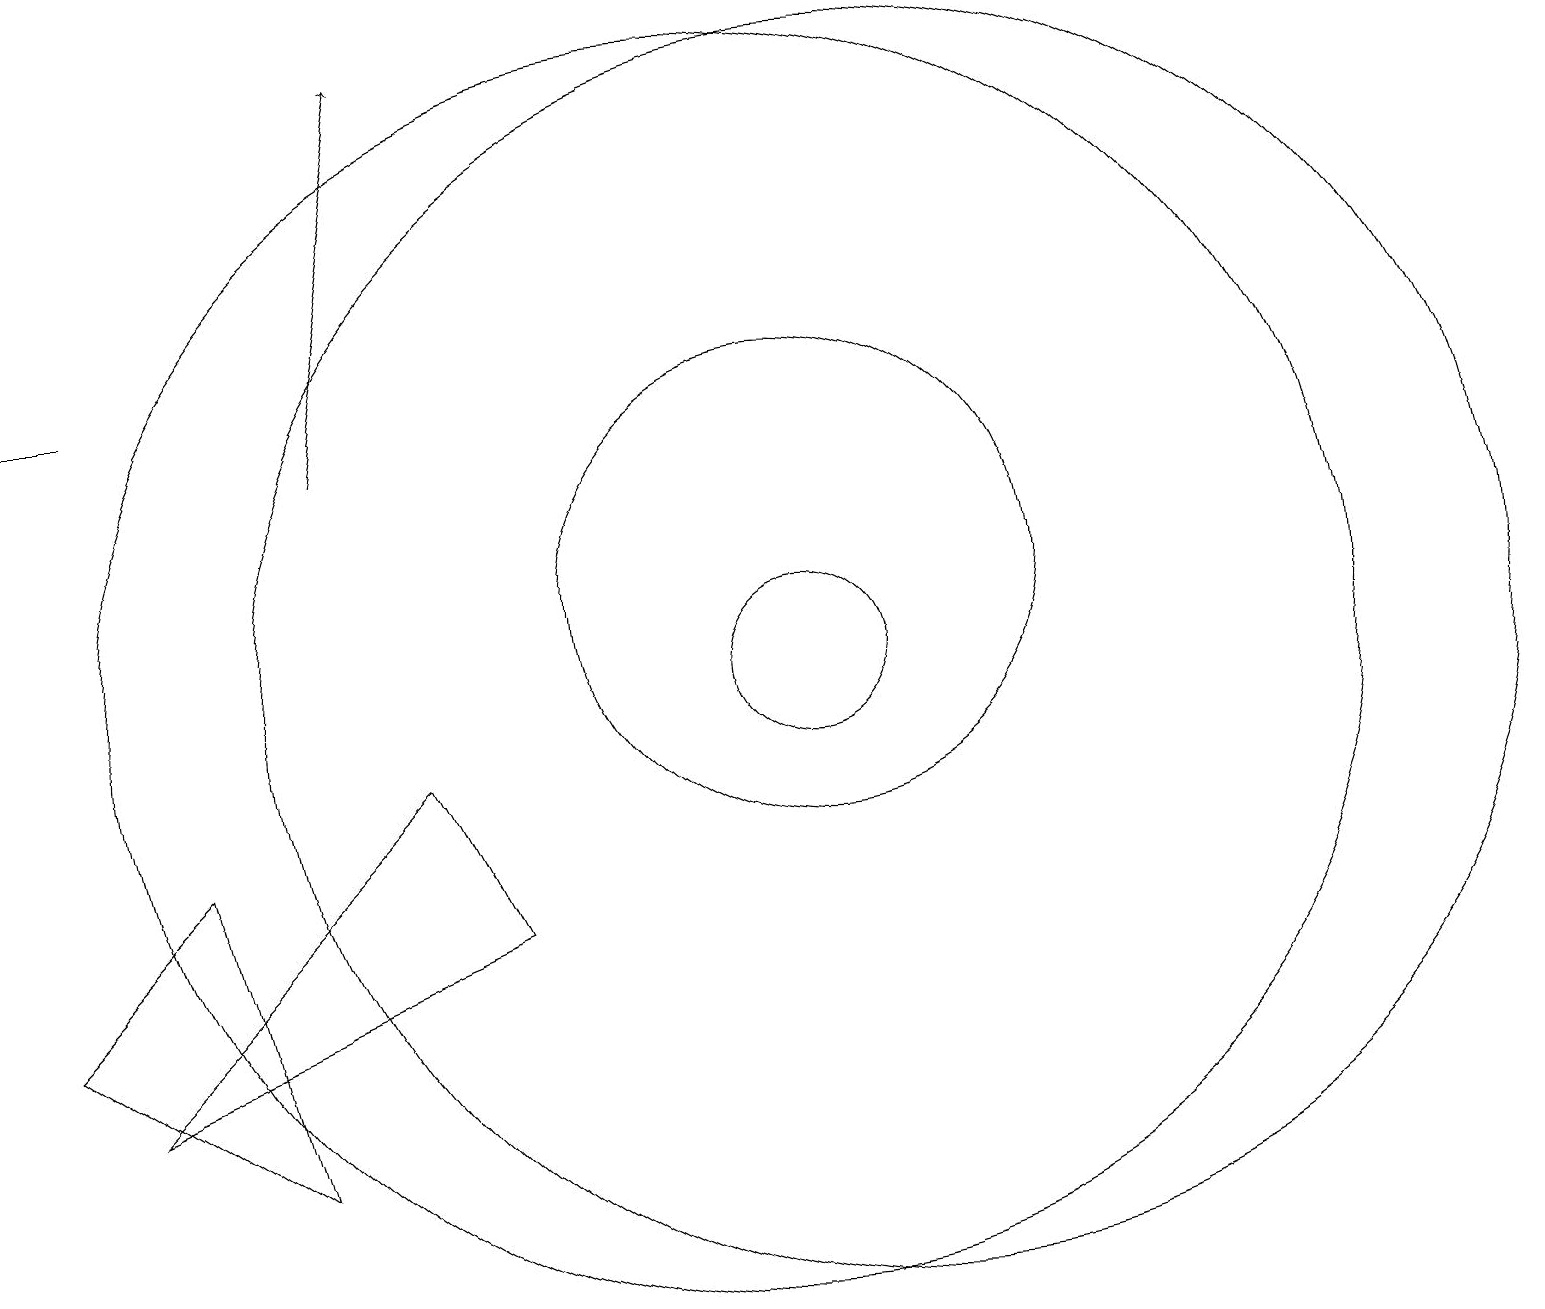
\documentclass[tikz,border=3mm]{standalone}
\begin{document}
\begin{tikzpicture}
\draw[->] (2,14) -- (1,14);
\draw (1,6) -- (3,8) -- (4,4) -- cycle;
\draw (12,10) circle (8);
\draw (10,10) circle (8);
\draw (2,5) -- (6,9) -- (7,7) -- cycle;
\draw[->] (5,13) -- (6,18);
\draw (11,11) circle (3);
\draw (11,10) circle (1);
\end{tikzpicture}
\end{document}